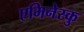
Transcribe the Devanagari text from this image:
एमिनेस्कु